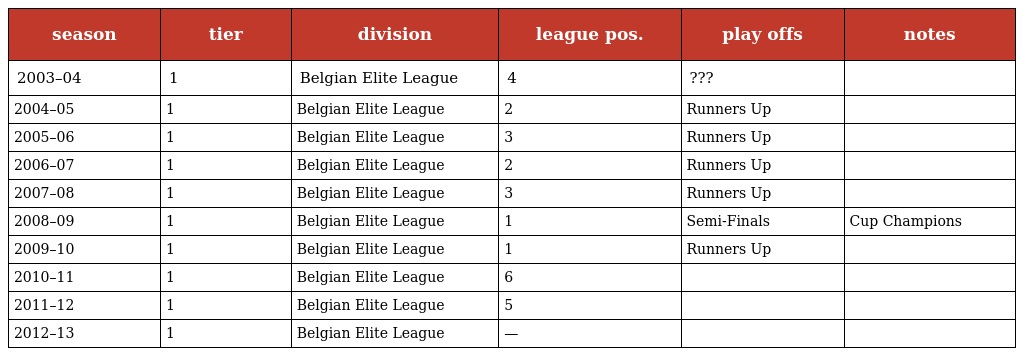
| season | tier | division | league pos. | play offs | notes |
 | --- | --- | --- | --- | --- | --- |
 | 2003–04 | 1 | Belgian Elite League | 4 | ??? |  |
 | 2004–05 | 1 | Belgian Elite League | 2 | Runners Up |  |
 | 2005–06 | 1 | Belgian Elite League | 3 | Runners Up |  |
 | 2006–07 | 1 | Belgian Elite League | 2 | Runners Up |  |
 | 2007–08 | 1 | Belgian Elite League | 3 | Runners Up |  |
 | 2008–09 | 1 | Belgian Elite League | 1 | Semi-Finals | Cup Champions |
 | 2009–10 | 1 | Belgian Elite League | 1 | Runners Up |  |
 | 2010–11 | 1 | Belgian Elite League | 6 |  |  |
 | 2011–12 | 1 | Belgian Elite League | 5 |  |  |
 | 2012–13 | 1 | Belgian Elite League | — |  |  |